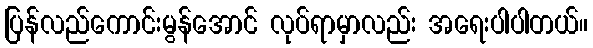
ပြန်လည်ကောင်းမွန်အောင် လုပ်ရာမှာလည်း အရေးပါပါတယ်။